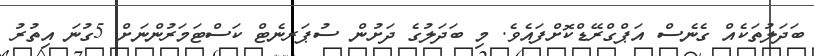
ބަދަލުތަކެއް ގެނެސް އަޕްގްރޭޑްކޮށްފައެވެ. މި ބަދަލުގެ ދަށުން ސުޕަރނެޓް ކަސްޓަމަރުންނަށް 5ގުނަ އިތުރު